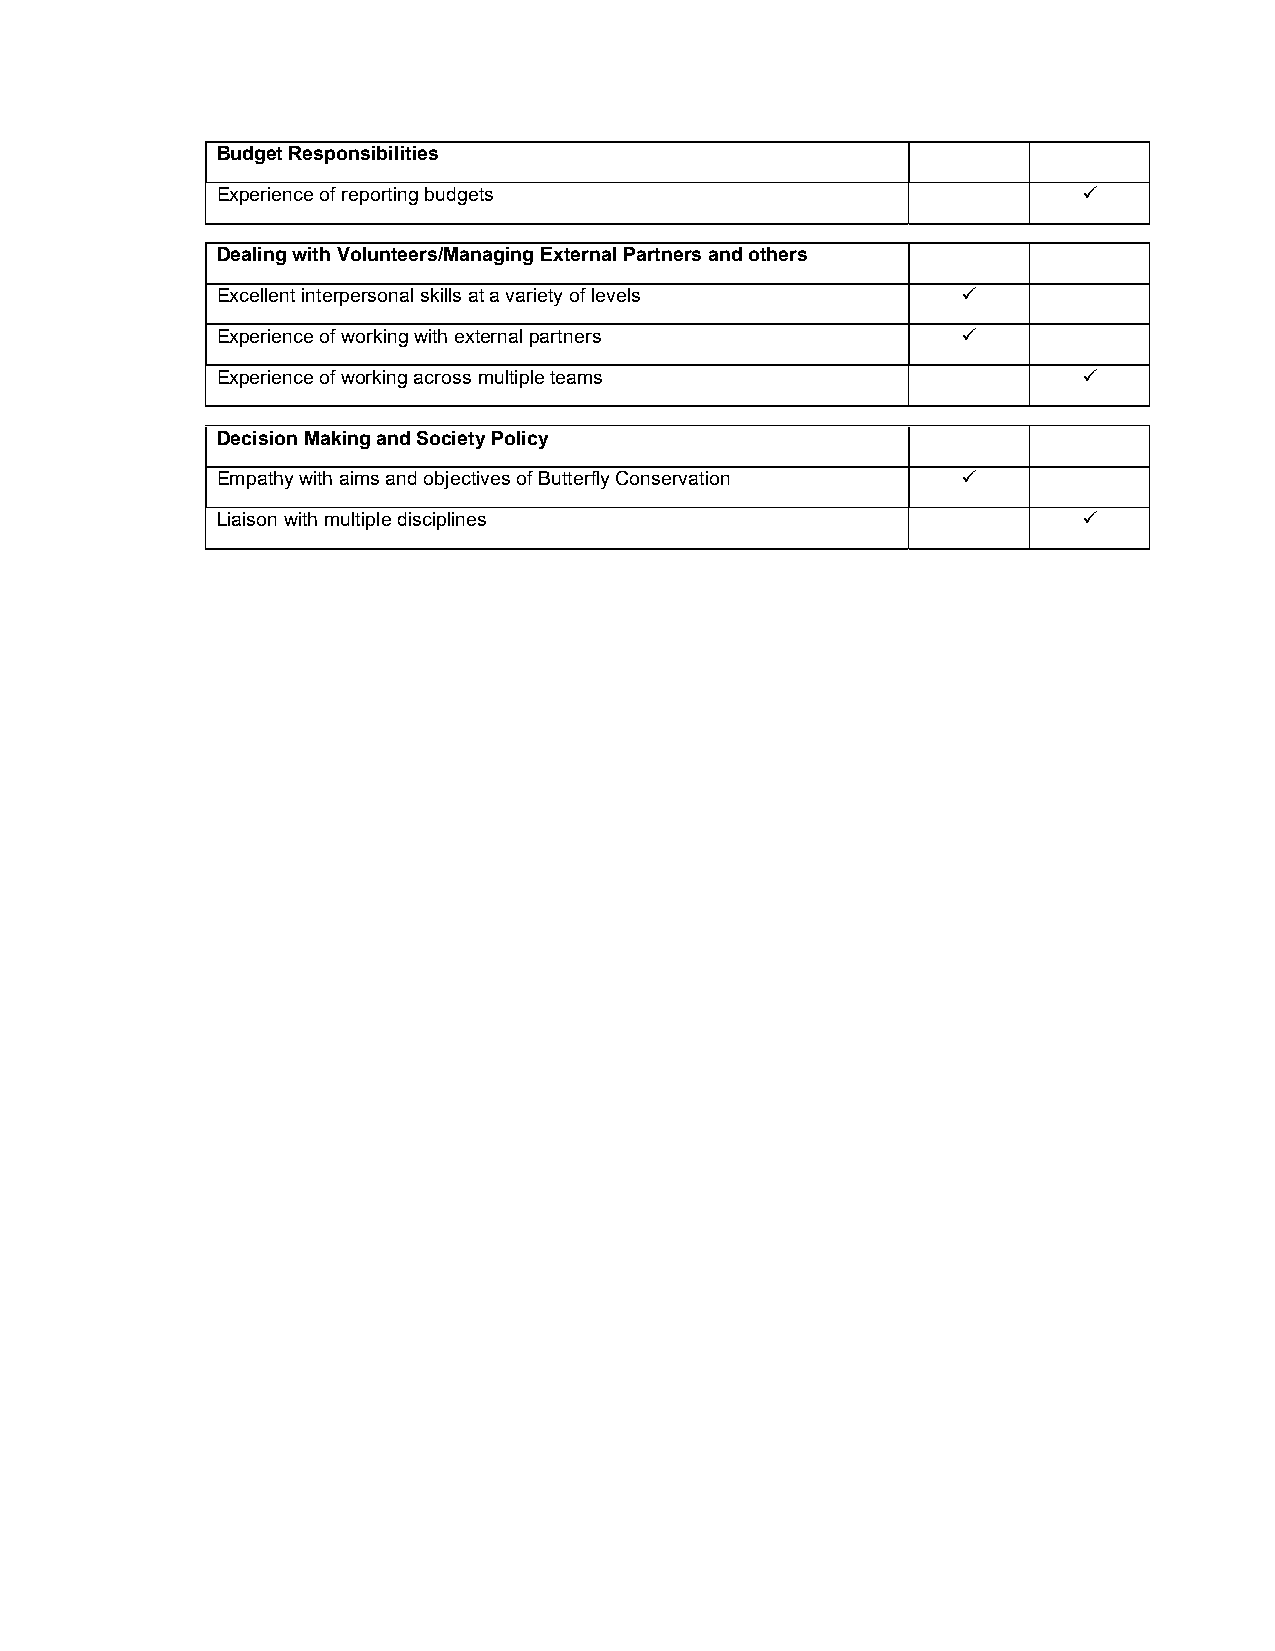
Budget Responsibilities
 Experience of reporting budgets                           
 Dealing with Volunteers/Managing External Partners and others
 Excellent interpersonal skills at a variety of levels 
 Experience of working with external partners      
 Experience of working across multiple teams               
 Decision Making and Society Policy
 Empathy with aims and objectives of Butterfly Conservation 
 Liaison with multiple disciplines                         